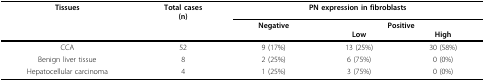
<table><thead><tr><td><b>Tissues</b></td><td><b>Total cases(n)</b></td><td colspan="3"><b>PN expression in fibroblasts</b></td></tr><tr><td></td><td></td><td><b>Negative</b></td><td colspan="2"><b>Positive</b></td></tr><tr><td></td><td></td><td></td><td><b>Low</b></td><td><b>High</b></td></tr></thead><tbody><tr><td>CCA</td><td>52</td><td>9 (17%)</td><td>13 (25%)</td><td>30 (58%)</td></tr><tr><td>Benign liver tissue</td><td>8</td><td>2 (25%)</td><td>6 (75%)</td><td>0 (0%)</td></tr><tr><td>Hepatocellular carcinoma</td><td>4</td><td>1 (25%)</td><td>3 (75%)</td><td>0 (0%)</td></tr></tbody></table>